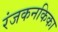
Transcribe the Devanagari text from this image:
रंजकनकिका